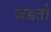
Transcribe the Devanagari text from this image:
जडतो